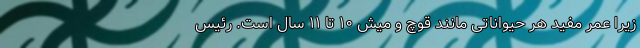
زیرا عمر مفید هر حیواناتی مانند قوچ و میش ۱۰ تا ۱۱ سال است. رئیس